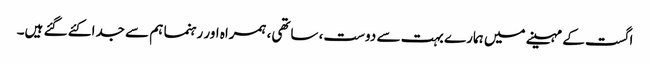
اگست کے مہینے میں ہمارے بہت سے دوست، ساتھی، ہمراہ اور رہنما ہم سے جدا کئے گئے ہیں۔